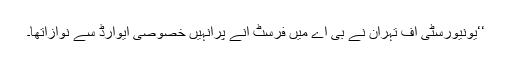
‘‘یونیورسٹی آف تہران نے بی اے میں فرسٹ آنے پرانہیں خصوصی ایوارڈ سے نوازاتھا۔